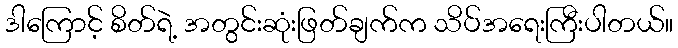
ဒါကြောင့် စိတ်ရဲ့ အတွင်းဆုံးဖြတ်ချက်က သိပ်အရေးကြီးပါတယ်။